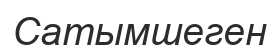
Сатымшеген